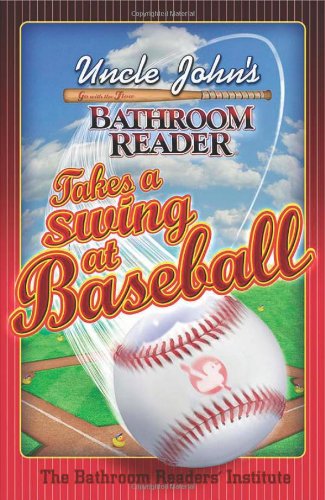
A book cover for Uncle John's Bathroom Reader Takes a Swing at Baseball (Uncle John's Bathroom Readers); Bathroom Readers' Institute; Humor & Entertainment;